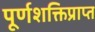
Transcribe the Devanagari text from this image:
पूर्णशक्तिप्राप्त